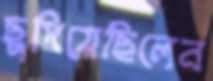
ছুপিয়েছিলেন